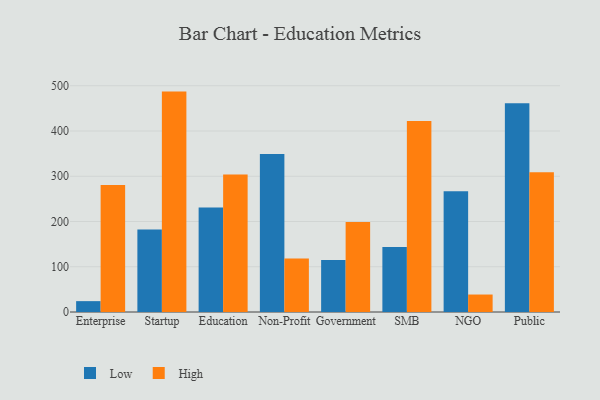
{"axis": {"x": "Segment", "y": "Revenue (USD Million)"}, "legend": ["High", "Low"], "data": [{"x": "Enterprise", "y": 24.0, "type": "Low"}, {"x": "Enterprise", "y": 280.5, "type": "High"}, {"x": "Startup", "y": 182.3, "type": "Low"}, {"x": "Startup", "y": 487.1, "type": "High"}, {"x": "Education", "y": 231.0, "type": "Low"}, {"x": "Education", "y": 304.0, "type": "High"}, {"x": "Non-Profit", "y": 349.2, "type": "Low"}, {"x": "Non-Profit", "y": 118.5, "type": "High"}, {"x": "Government", "y": 115.0, "type": "Low"}, {"x": "Government", "y": 199.1, "type": "High"}, {"x": "SMB", "y": 143.5, "type": "Low"}, {"x": "SMB", "y": 422.0, "type": "High"}, {"x": "NGO", "y": 266.7, "type": "Low"}, {"x": "NGO", "y": 38.6, "type": "High"}, {"x": "Public", "y": 461.5, "type": "Low"}, {"x": "Public", "y": 308.7, "type": "High"}]}